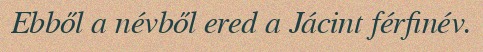
Ebből a névből ered a Jácint férfinév.